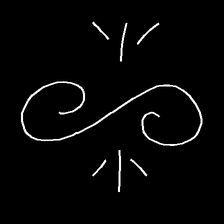
Glyph: wind-directs-air